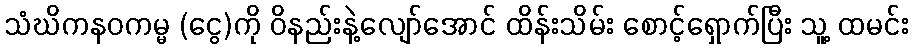
သံဃိကနဝကမ္မ (ငွေ)ကို ဝိနည်းနဲ့လျော်အောင် ထိန်းသိမ်း စောင့်ရှောက်ပြီး သူ့ ထမင်း